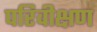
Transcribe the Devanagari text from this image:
परिवीक्षण